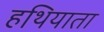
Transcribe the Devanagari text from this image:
हथियाता